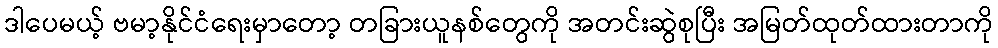
ဒါပေမယ့် ဗမာ့နိုင်ငံရေးမှာတော့ တခြားယူနစ်တွေကို အတင်းဆွဲစုပြီး အမြတ်ထုတ်ထားတာကို